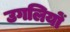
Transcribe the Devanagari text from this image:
उगलियों